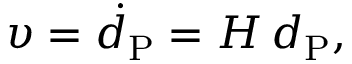
\begin{array} { r } { \upsilon = \dot { d } _ { \mathrm { P } } = H \, d _ { \mathrm { P } } , } \end{array}